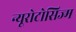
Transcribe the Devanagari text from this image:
न्यूरोटोसिज्म